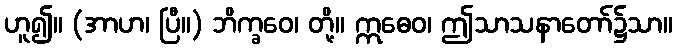
ဟူ၍။ (အာဟ၊ ပြီ။) ဘိက္ခဝေ၊ တို့။ ဣဓေဝ၊ ဤသာသနာတော်၌သာ။